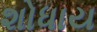
શોધાય